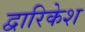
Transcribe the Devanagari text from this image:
द्वारिकेश